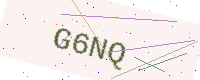
Text: G6NQ